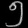
Digit: ၅